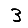
Digit: 3